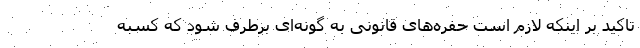
تاکید بر اینکه لازم است حفره‌های قانونی به گونه‌ای برطرف شود که کسبه